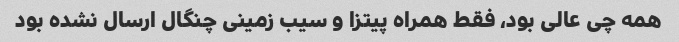
همه چی عالی بود، فقط همراه پیتزا و سیب زمینی چنگال ارسال نشده بود